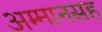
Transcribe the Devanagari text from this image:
अम्मानसह